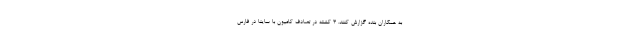
به همکاران بنده گزارش کنند. 3 کشته در تصادف کامیون با ساینا در فارس